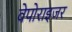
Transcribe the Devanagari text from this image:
वेपोराइजर